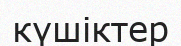
күшіктер